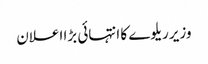
وزیر ریلوے کا انتہائی بڑا اعلان